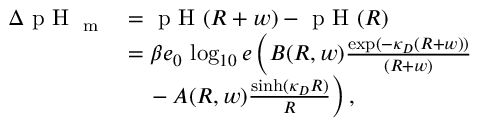
\begin{array} { r l } { \Delta \textrm { p H } _ { \textrm { m } } } & { = \textrm { p H } ( R + w ) - \textrm { p H } ( R ) } \\ & { = \beta e _ { 0 } \, \log _ { 1 0 } { e } \left( B ( R , w ) \frac { \exp ( - \kappa _ { D } ( R + w ) ) } { ( R + w ) } \right. } \\ & { \left. \phantom { = } - A ( R , w ) \frac { \sinh ( \kappa _ { D } R ) } { R } \right) , } \end{array}